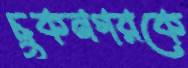
চুকনগরকে